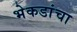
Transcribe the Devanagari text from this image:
भेकडांचा